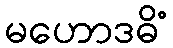
မဟောဒဓိံ